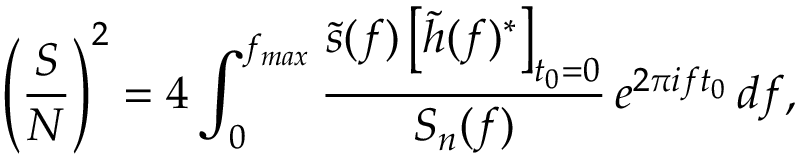
\left( \frac { S } { N } \right) ^ { 2 } = 4 \int _ { 0 } ^ { f _ { m a x } } { \frac { \tilde { s } ( f ) \left[ \tilde { h } ( f ) ^ { * } \right] _ { t _ { 0 } = 0 } } { S _ { n } ( f ) } \, e ^ { 2 \pi i f t _ { 0 } } \, d f } ,